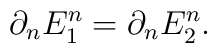
\partial_n E_1^n = \partial_n E_2^n.